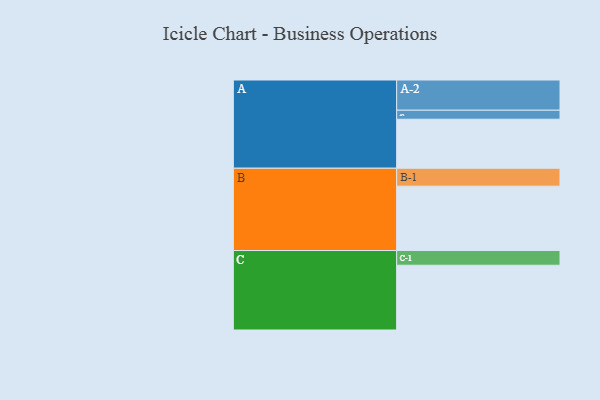
{"axis": {"x": "Segment", "y": "Value"}, "legend": ["", "A", "B", "C"], "data": [{"x": "A", "y": 386, "type": ""}, {"x": "B", "y": 507, "type": ""}, {"x": "C", "y": 510, "type": ""}, {"x": "A-1", "y": 71, "type": "A"}, {"x": "A-2", "y": 238, "type": "A"}, {"x": "B-1", "y": 141, "type": "B"}, {"x": "C-1", "y": 116, "type": "C"}]}